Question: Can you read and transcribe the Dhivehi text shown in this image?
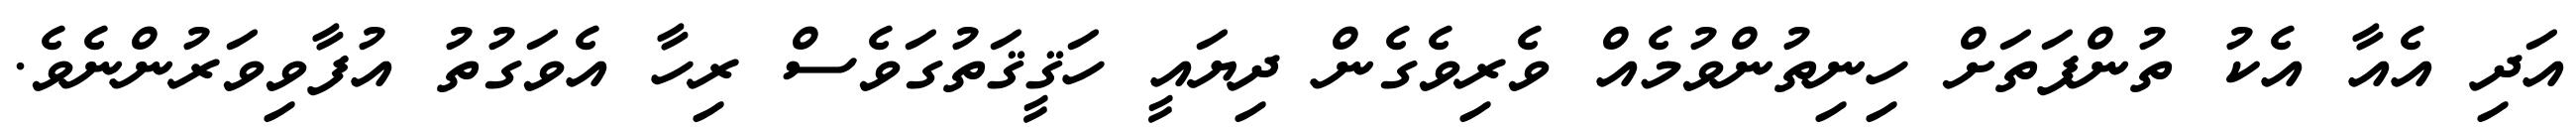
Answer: އަދި އެއާ އެކު ތުންފަތަށް ހިނިތުންވުމެއް ވެރިވެގެން ދިޔައީ ހަޤީޤަތުގަވެސް ރިހާ އެވަގުތު އުފާވިވަރުންނެވެ.